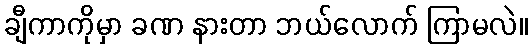
ချီကာကိုမှာ ခဏ နားတာ ဘယ်လောက် ကြာမလဲ။